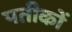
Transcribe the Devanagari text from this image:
पतीकों